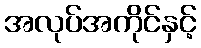
အလုပ်အကိုင်နှင့်